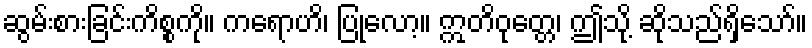
ဆွမ်းစားခြင်းကိစ္စကို။ ကရောဟိ၊ ပြုလော့။ ဣတိဝုတ္တေ၊ ဤသို့ ဆိုသည်ရှိသော်။